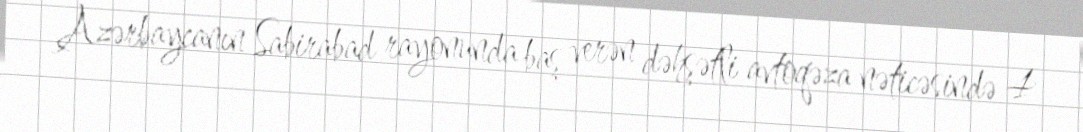
Azərbaycanın Sabirabad rayonunda baş verən dəhşətli avtoqəza nəticəsində 4